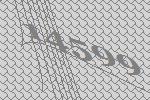
14599